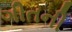
ગીતની